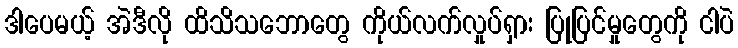
ဒါပေမယ့် အဲဒီလို ထိသိသဘောတွေ ကိုယ်လက်လှုပ်ရှား ပြုပြင်မှုတွေကို ငါပဲ